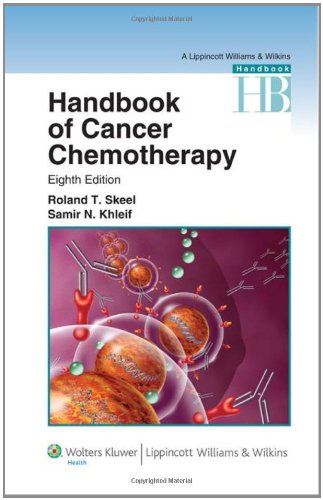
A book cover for Handbook of Cancer Chemotherapy (Lippincott Williams & Wilkins Handbook Series); Roland T. Skeel; Medical Books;